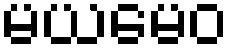
မယမေဝ